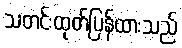
သတင်းထုတ်ပြန်ထားသည်